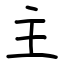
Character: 主